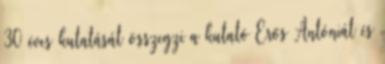
30 éves kutatását összegzi a kutató Erős Antóniát és